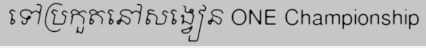
ទៅប្រកួតនៅសង្វៀន ONE Championship